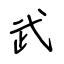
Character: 武